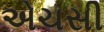
એચસી